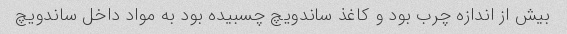
بیش از اندازه چرب بود و کاغذ ساندویچ چسبیده بود به مواد داخل ساندویچ